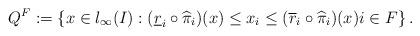
LaTeX: \begin{align*}Q^F := \left \{ x \in l_\infty(I) : (\underline{r}_i \circ \widehat{\pi}_i)(x) \le x_i \le (\overline{r}_i \circ \widehat{\pi}_i)(x) i\in F \right \}.\end{align*}